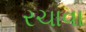
રચાવા